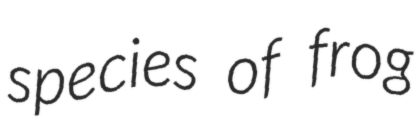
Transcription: species of frog